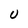
Character: U